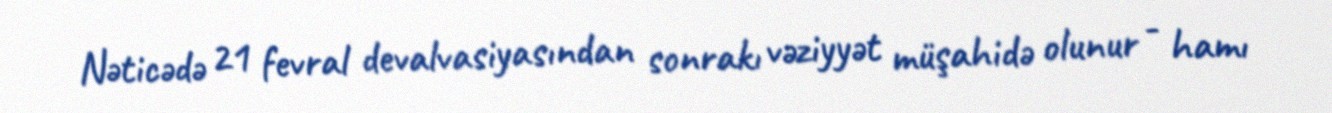
Nəticədə 21 fevral devalvasiyasından sonrakı vəziyyət müşahidə olunur - hamı